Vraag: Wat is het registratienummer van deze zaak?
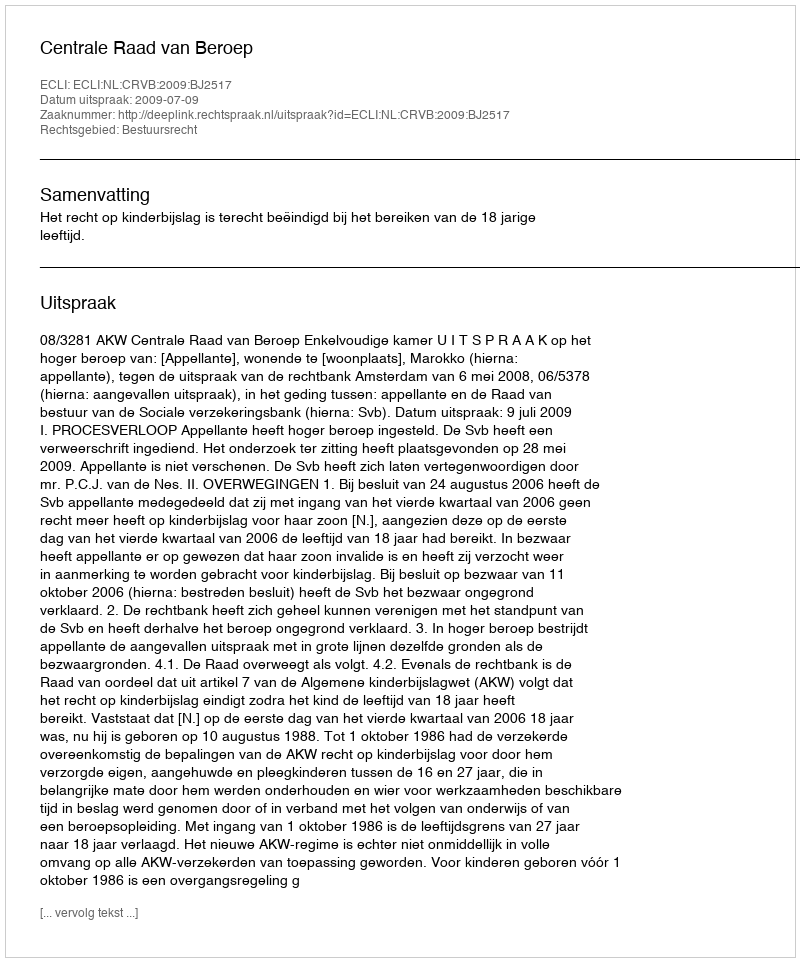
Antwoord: http://deeplink.rechtspraak.nl/uitspraak?id=ECLI:NL:CRVB:2009:BJ2517